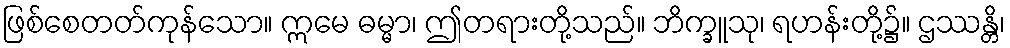
ဖြစ်စေတတ်ကုန်သော။ ဣမေ ဓမ္မာ၊ ဤတရားတို့သည်။ ဘိက္ခူသု၊ ရဟန်းတို့၌။ ဌဿန္တိ၊